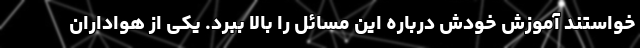
خواستند آموزش خودش درباره این مسائل را بالا ببرد. یکی از هواداران